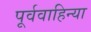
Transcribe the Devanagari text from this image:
पूर्ववाहिन्या